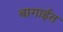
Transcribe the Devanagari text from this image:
बागाईत